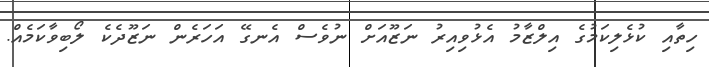
ހިތާއި ކުޅެލިކަމުގެ އިލްޒާމު އެޅުވިއިރު ނަޒޫއަށް ނުވެސް އެނގޭ އަހަރެން ނަޒޫދެކެ ލޯބިވާކަމެއް.